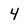
Character: 4